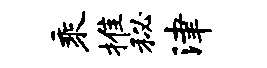
乘推秘津